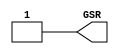
module GSR_3(output GSR);
    assign GSR = 1'b1;
endmodule